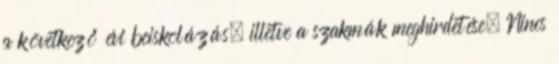
a következő évi beiskolázás, illetve a szakmák meghirdetése. Nincs